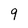
Character: 9